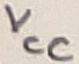
Text: VCC